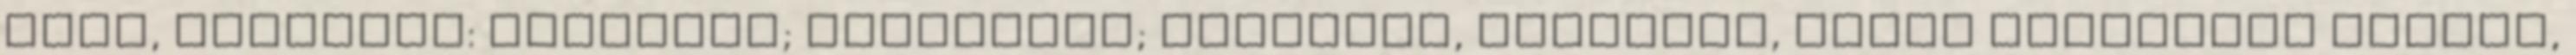
alma, embernek: gyümölcs; szabjátok; vágjátok, zúzzátok, minél mélyebbre juttok,